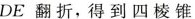
DE翻折，得到四棱锥